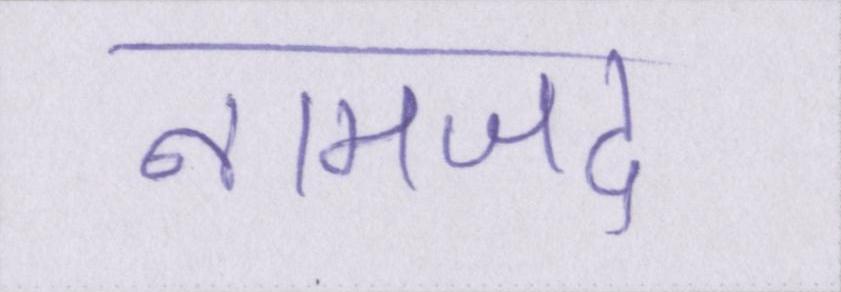
नामजद